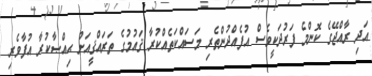
އަދި ރާއްޖޭގެ ކޮންމެ ފަރުދަކީވެސް އުފެއްދުންތެރި މަސައްކަތެއްކުރާ ޤައުމުގެ ތަރައްޤީއަށް ޙިއްޞާކުރާ އުފާވެރި